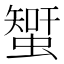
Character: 𧐉